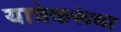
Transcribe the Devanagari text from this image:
यात्रेकरूंचा